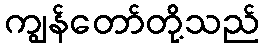
ကျွန်တော်တို့သည်